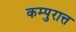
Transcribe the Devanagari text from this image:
कम्पुरात्त